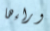
وراءها